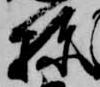
棟